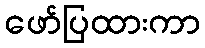
ဖော်ပြထားကာ